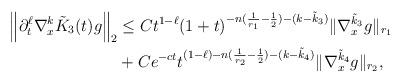
LaTeX: \begin{align*} \left\| \partial_{t}^{\ell} \nabla_{x}^{k}\tilde{K}_{3}(t)g\right\|_{2}& \le Ct^{1- \ell} (1+t)^{-n(\frac{1}{r_{1}}-\frac{1}{2})-(k-\tilde{k}_{3})}\| \nabla^{\tilde{k}_{3}}_{x} g \|_{r_{1}} \\& + C e^{-ct} t^{(1-\ell)-n(\frac{1}{r_{2}}-\frac{1}{2})-(k-\tilde{k}_{4}) }\| \nabla^{\tilde{k}_{4}}_{x} g\|_{r_{2}}, \end{align*}